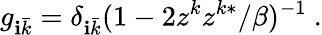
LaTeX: g_{\mathbf{i}\bar{{k}}}=\delta_{\mathbf{i}\bar{{k}}}(1-2z^{k}z^{k*}/\beta)^{-1}\ .